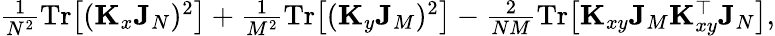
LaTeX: \begin{array}{r}{\frac{1}{N^{2}}\mathrm{Tr}\big[(\mathbf K_{x}\mathbf J_{N})^{2}\big]+\frac{1}{M^{2}}\mathrm{Tr}\big[(\mathbf K_{y}\mathbf J_{M})^{2}\big]-\frac{2}{NM}\mathrm{Tr}\big[\mathbf K_{xy}\mathbf J_{M}\mathbf K_{xy}^{\top}\mathbf J_{N}\big],}\end{array}